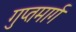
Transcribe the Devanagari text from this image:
गुप्तमार्ग